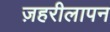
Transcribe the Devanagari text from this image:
ज़हरीलापन